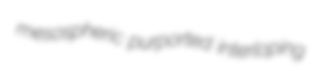
mesospheric purported interloping